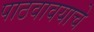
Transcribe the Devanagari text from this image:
पाठवावयाचे